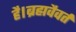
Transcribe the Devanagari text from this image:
है।ब्रह्मवैवर्त